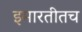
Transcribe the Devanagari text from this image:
इमारतीतच